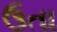
ઉતા